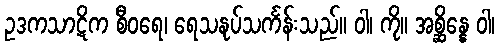
ဥဒကသာဋိက စီဝရေ၊ ရေသနုပ်သင်္ကန်းသည်။ ဝါ၊ ကို။ အစ္ဆိန္နေ ဝါ၊